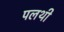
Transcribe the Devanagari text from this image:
पलथी